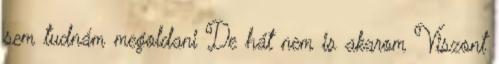
sem tudnám megoldani De hát nem is akarom Viszont